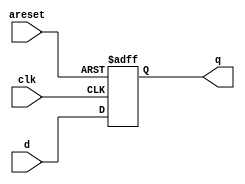
module top_module (
    input clk,
    input areset,   // active high asynchronous reset
    input [7:0] d,
    output reg [7:0] q
);
    always @(posedge clk or posedge areset) begin
        if (areset) begin
            q <= 0;
        end
        else
            q <= d;
    end
endmodule